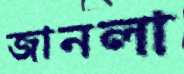
জানলা